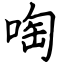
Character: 啕